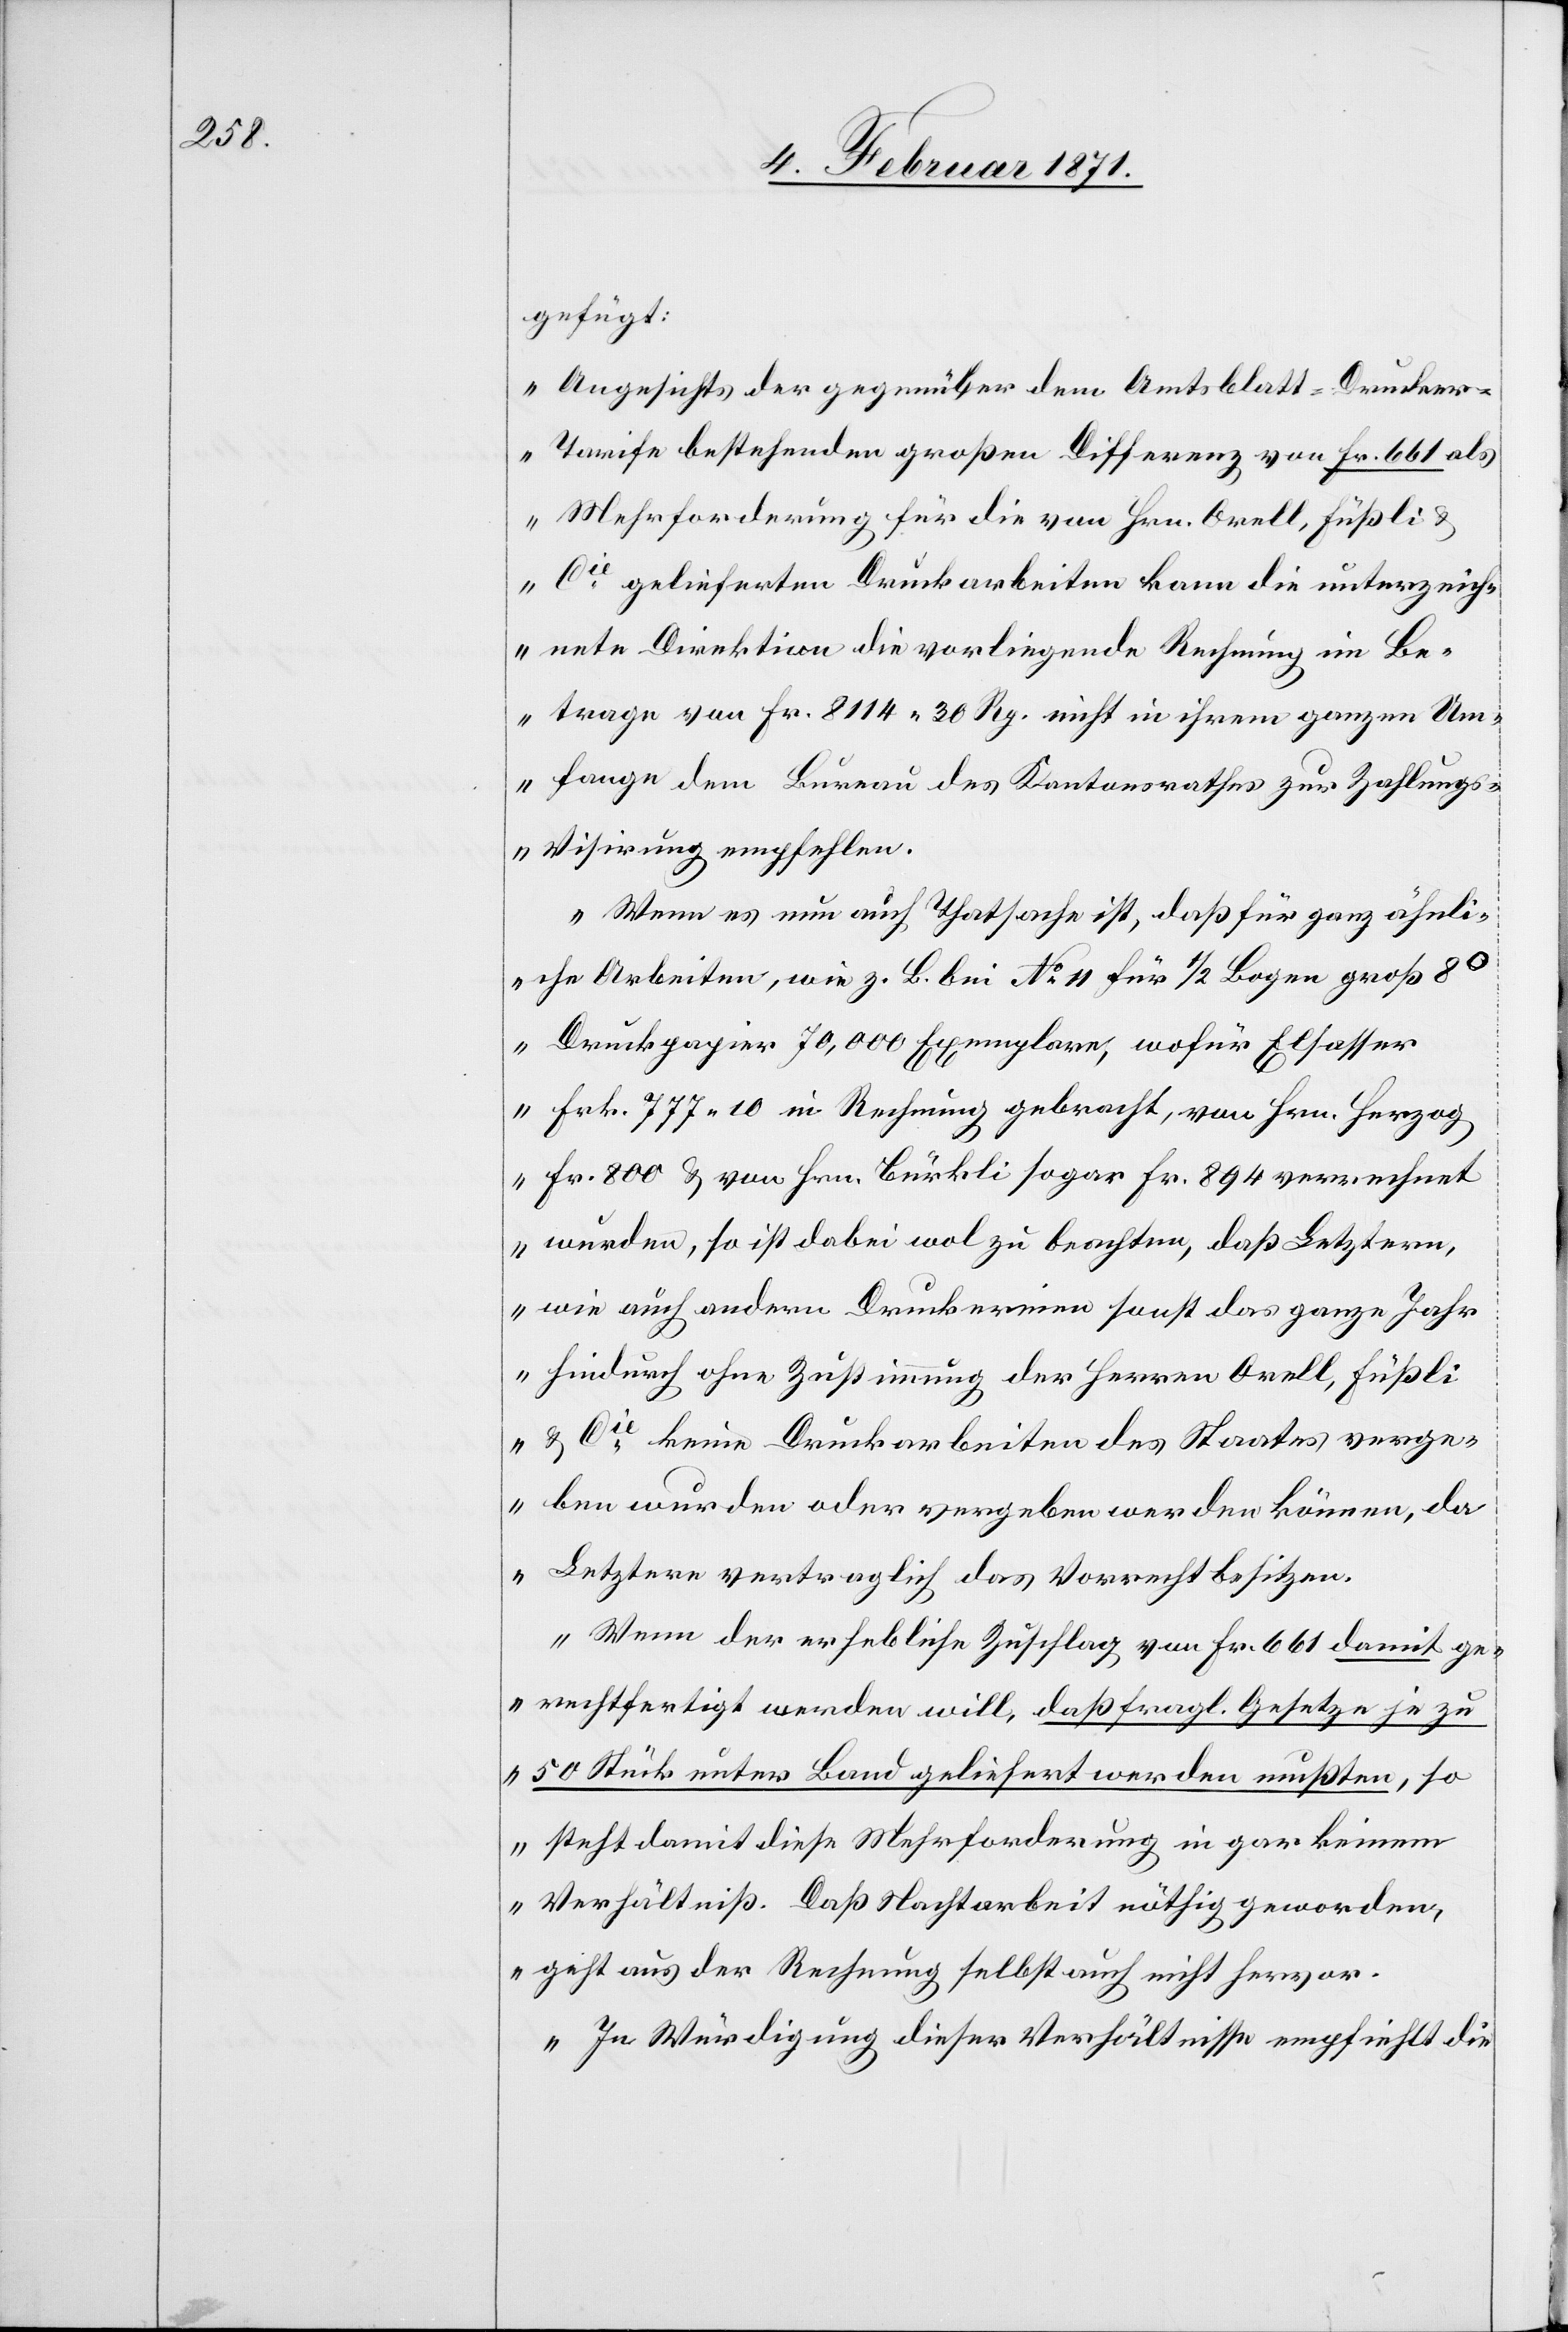
gefügt:
„Angesichts der gegenüber dem Amtsblatt-Drucke¬
r-Tarife bestehenden großen Differenz von Fr. 661 als
Mehrforderung für die von Hrn Orell, Füßli &
Cie. gelieferten Druckarbeiten kann die unterzeich¬
nete Direktion die vorliegende Rechnung im Be¬
trage von Fr. 8114.30 Rp. nicht in ihrem ganzen Um¬
fange dem Bureau des Kantonsrathes zur Zahlung¬
s-Visirung empfehlen.
Wenn es nun auch Thatsache ist, daß für ganz ähnli¬
che Arbeiten, wie z. B. bei No. 11 für 1/2 Bogen groß 8o
Druckpapier 70,000 Exemplare, wofür Elsasser
Frk. 777.10 in Rechnung gebracht, von Hrn. Herzog
Fr. 800 u. von Hrn. Bürkli sogar Fr. 894 verrechnet
wurden, so ist dabei wol zu beachten, daß Letztern,
wie auch andern Druckereien sonst das ganze Jahr
hindurch ohne Zustimmung der Herren Orell, Füßli
& Cie. keine Druckarbeiten des Staates verge¬
ben wurden oder vergeben werden können, da
Letztere vertraglich das Vorrecht besitzen.
Wenn der erhebliche Zuschlag von Fr. 661 damit ge¬
rechtfertigt werden will, daß fragl. Gesetze je zu
50 Stück unter Band geliefert werden müßten, so
steht damit diese Mehrforderung in gar keinem
Verhältniß. Daß Nachtarbeit nöthig geworden,
geht aus der Rechnung selbst auch nicht hervor.
In Würdigung dieser Verhältnisse empfiehlt die